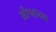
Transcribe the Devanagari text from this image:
ऑप्शनल